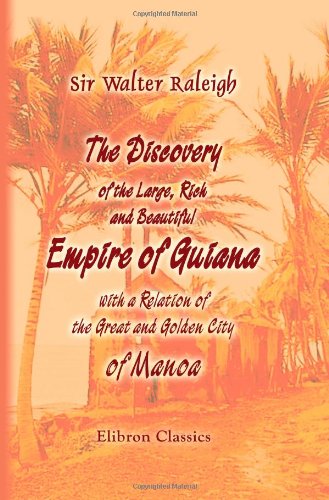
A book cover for The Discovery of the Large, Rich, and Beautiful Empire of Guiana, with a Relation of the Great and Golden City of Manoa; Sir Walter Raleigh; Travel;